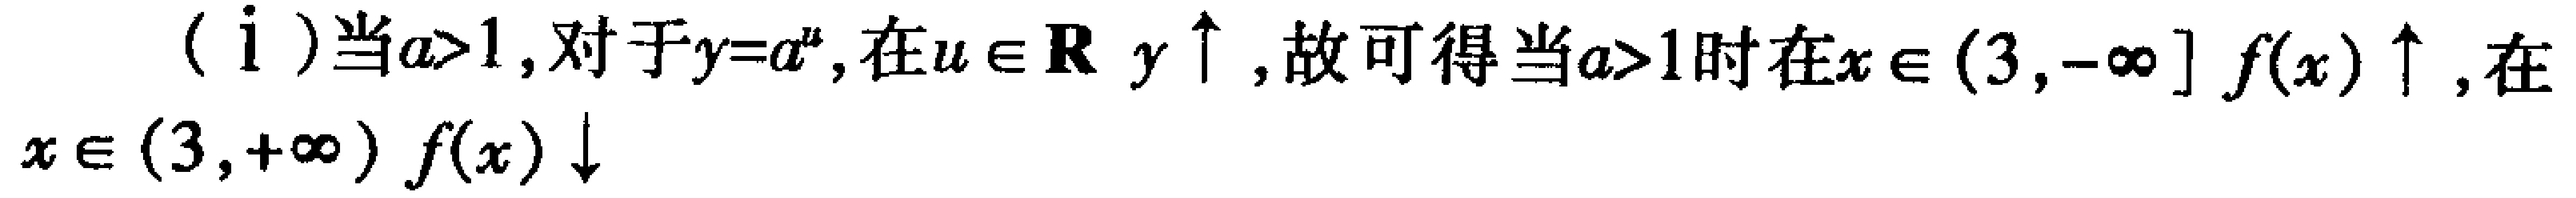
(i) 当\(a > 1\)，对于\(y = a^{u}\)，在\(u \in \mathbf{R}\) \(y\uparrow\)，故可得当\(a > 1\)时在\(x \in (3,-\infty]\) \(f(x)\uparrow\)，在\(x \in (3,+\infty)\) \(f(x)\downarrow\)